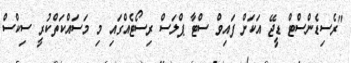
"ރެސިޑެންސްޓް ޑީޖޭ އަކަށް ފައިވް ސްޓާ ޕްލަސް ރިސޯޓެއްގައި މި މަސައްކަތްކުރީ ސިކްސް